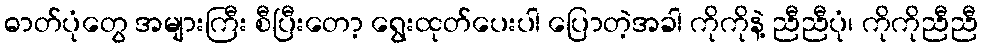
ဓာတ်ပုံတွေ အများကြီး စီပြီးတော့ ရွေးထုတ်ပေးပါ ပြောတဲ့အခါ ကိုကိုနဲ့ ညီညီပုံ၊ ကိုကိုညီညီ